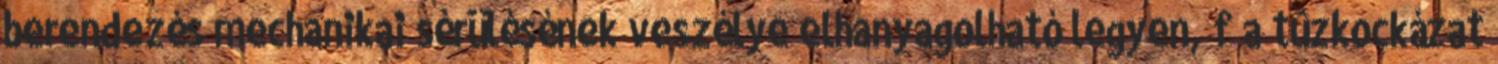
berendezés mechanikai sérülésének veszélye elhanyagolható legyen, f a tûzkockázat